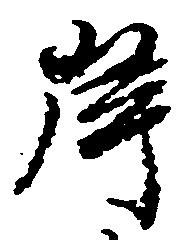
岸